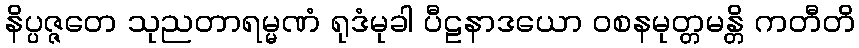
နိပ္ပဇ္ဇတေ သုညတာရမ္မဏံ ရုဒံမုခါ ပီဠနာဒယော ဝစနမုတ္တမန္တိ ကတီတိ